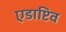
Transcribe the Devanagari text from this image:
एडाप्टिव